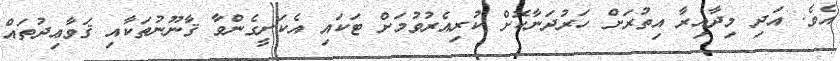
އެވެ. އަދި މިދާއިރާ އިތުރަށް ހަރުދަނާކޮށް ކުރިއެރުވުމަށް ޓަކައި އެކަށީގެންވާ ޤާނޫނުތަކާއި ޤަވާޢިދުތައް